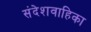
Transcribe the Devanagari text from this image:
संदेशवाहिका